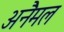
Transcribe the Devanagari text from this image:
अनैमल